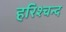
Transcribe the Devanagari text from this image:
हरिश्चन्द